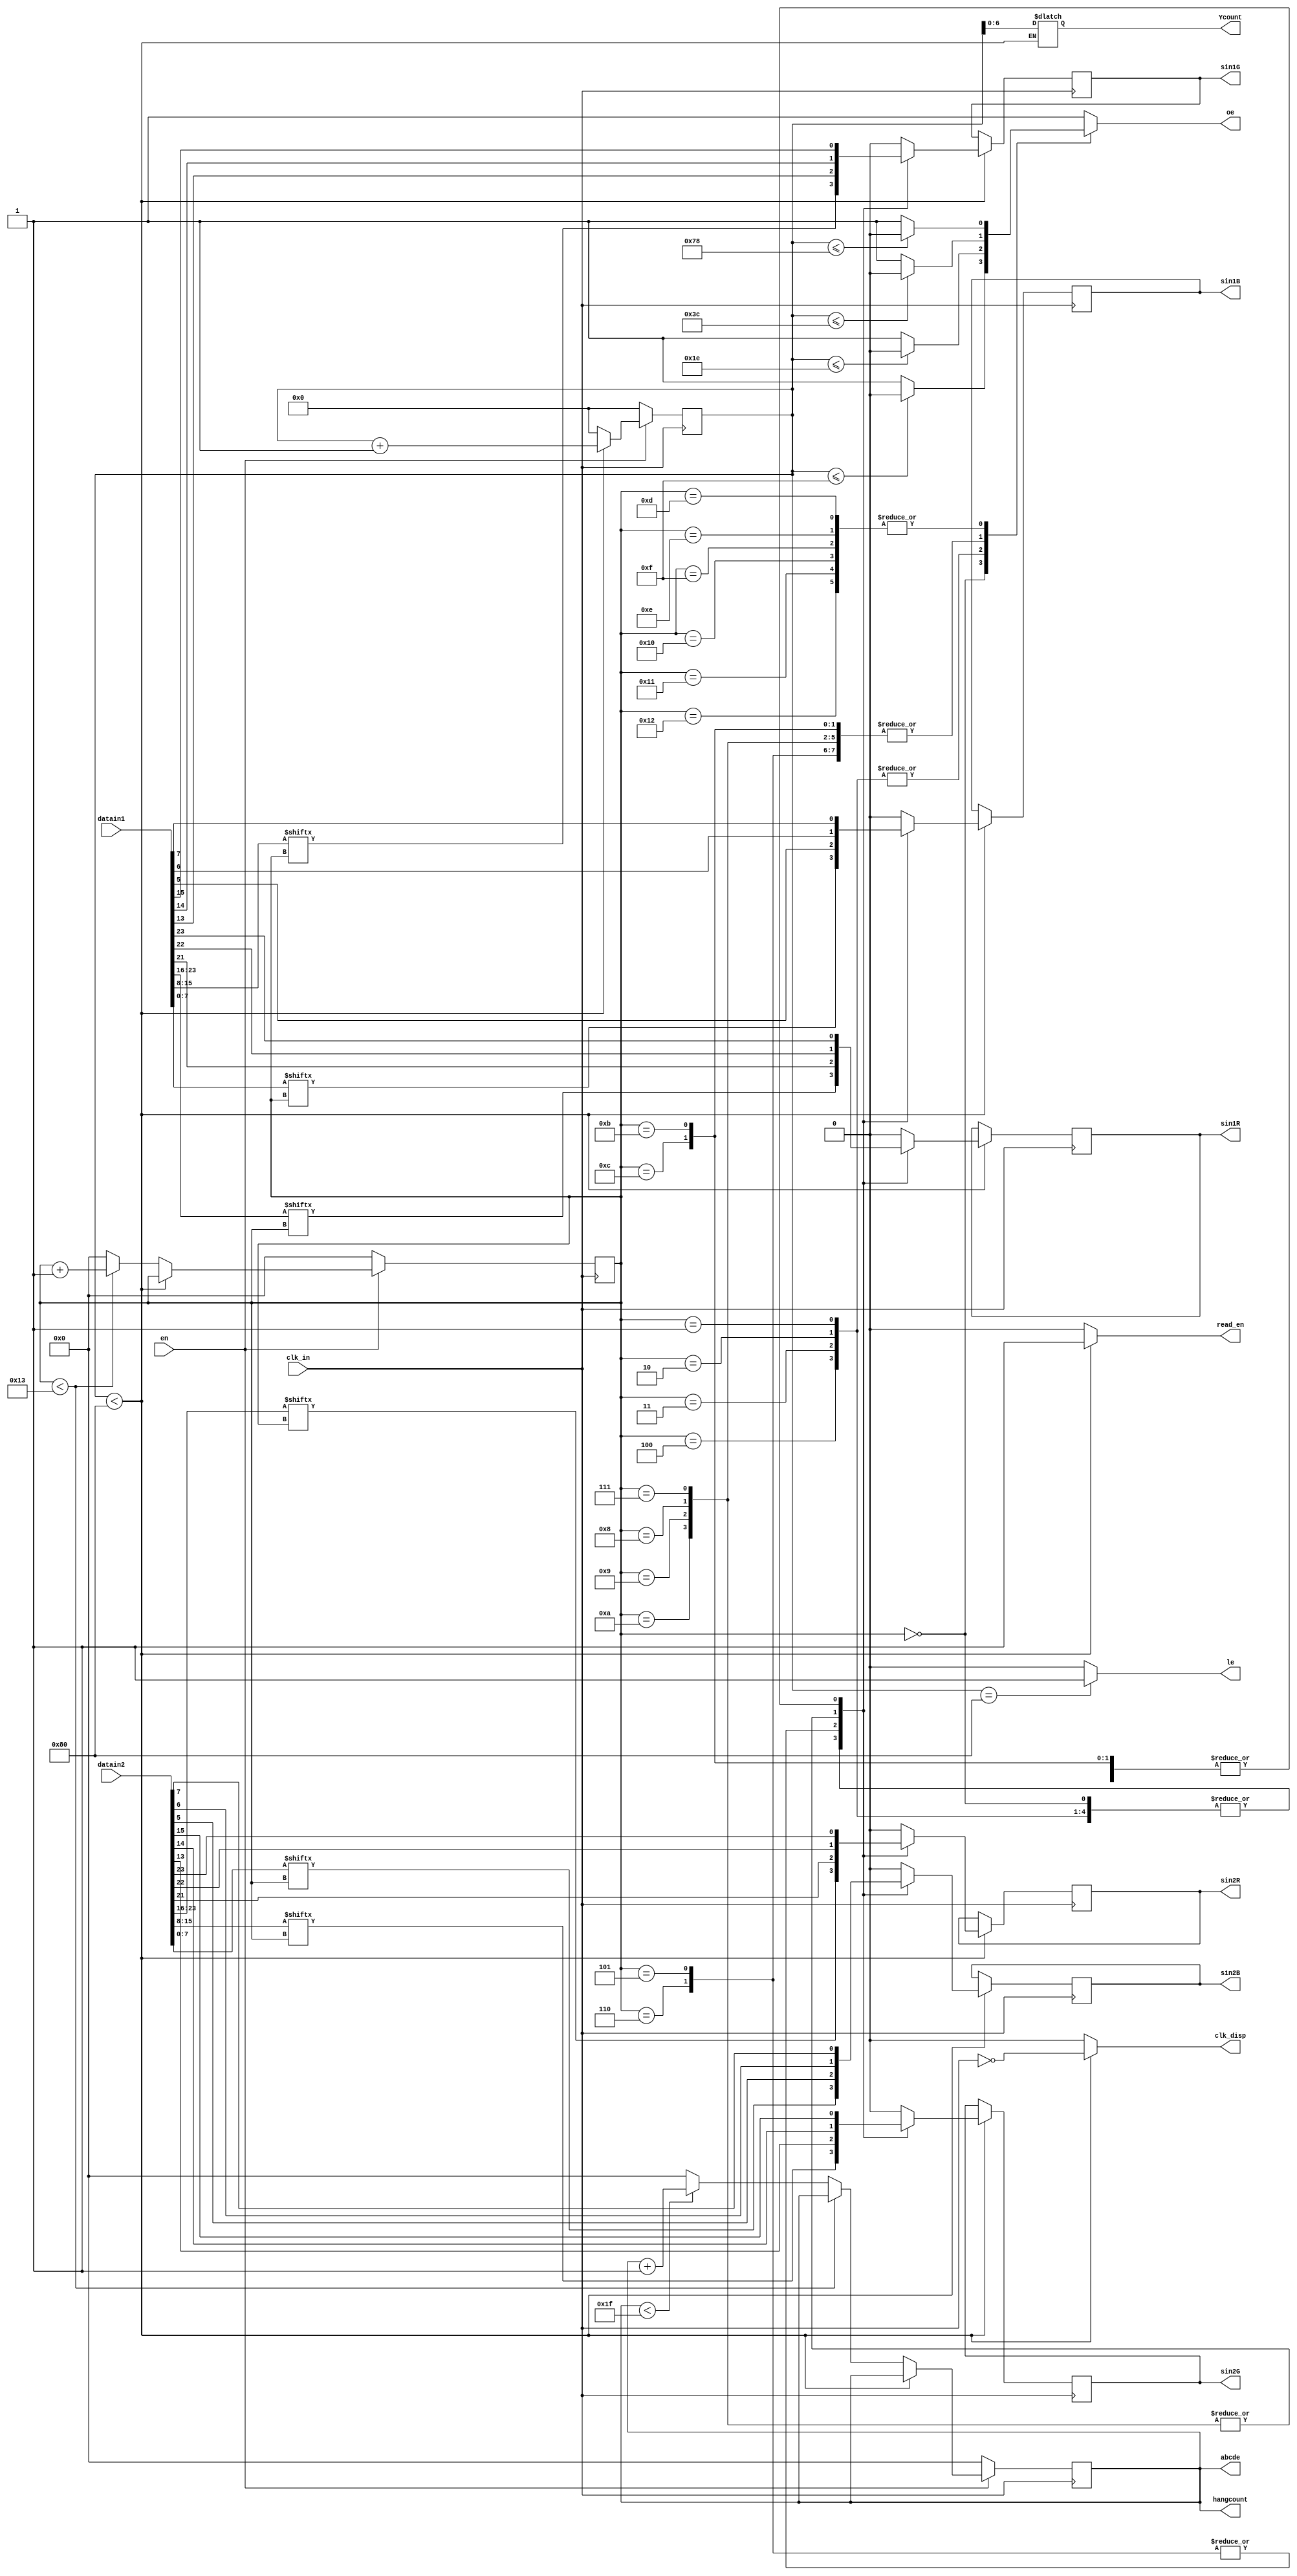
module led_display_driver
	#(
		parameter DSIZE = 24,
		parameter ColPoint = 128,
		parameter RowPoint = 64,
		parameter Vcount = 19,
		parameter Hcount = 32,
		parameter light = 0,
		parameter CLK_RATE = 10000000,
		parameter CLK_OUT = 5000000
	)
	(
		input clk_in, en,
		input [DSIZE-1:0]datain1,
		input [DSIZE-1:0]datain2,
		
		output reg read_en,
		output reg clk_disp,
		output reg oe, le,
		output reg sin1R, sin1G, sin1B,
		output reg sin2R, sin2G, sin2B,
		output reg [6:0]Ycount,
		output reg [4:0]hangcount,
		output wire [4:0]abcde
	);

	wire [7:0]disbuff1R;
	wire [7:0]disbuff1G;
	wire [7:0]disbuff1B;
	
	wire [7:0]disbuff2R;
	wire [7:0]disbuff2G;
	wire [7:0]disbuff2B;
	
	reg [4:0]changcount;
	reg [7:0]count;

	assign abcde = hangcount;
	
	
	always @( count, clk_in ) begin
		if ( count < ColPoint ) begin
			clk_disp <= ~clk_in;
		end else begin
			clk_disp <= 0;
		end
	end
	
	
	always @( posedge clk_in ) begin
		
		if ( ~en ) begin
			
			count=0;
			changcount=0;
			hangcount=0;
			
		end else begin
			
			if ( count < ColPoint + light ) begin
				count = count + 1;
			end else begin
				count = 0;
				if ( changcount < Vcount ) begin
					changcount = changcount + 1;
				end else begin
					changcount = 0;
					if ( hangcount < Hcount - 1 ) begin
						hangcount=hangcount + 1;
					end else begin
						hangcount = 0;
					end
				end
			end	
				
		end
		
	end
	
	assign disbuff1R = datain1[23:16];
	assign disbuff1G = datain1[15:8];
	assign disbuff1B = datain1[7:0];
			
	assign disbuff2R = datain2[23:16];
	assign disbuff2G = datain2[15:8];
	assign disbuff2B = datain2[7:0];	
	
	
	always @( negedge clk_in ) begin
		
		if ( count < ColPoint ) begin	
			
			case ( changcount )
				0,1,2,3,4: sin1R=disbuff1R[changcount];
				5,6: sin1R=disbuff1R[5];
				7,8,9,10: sin1R=disbuff1R[6];				
				11,12,13,14,15,16,17,18: sin1R=disbuff1R[7];
				default: sin1R=0;
			endcase
				
			case ( changcount )
				0,1,2,3,4: sin1G=disbuff1G[changcount];
				5,6: sin1G=disbuff1G[5];
				7,8,9,10: sin1G=disbuff1G[6];
				11,12,13,14,15,16,17,18: sin1G=disbuff1G[7];
				default: sin1G=0;
			endcase
			
			case ( changcount )
				0,1,2,3,4: sin1B=disbuff1B[changcount];
				5,6: sin1B=disbuff1B[5];
				7,8,9,10: sin1B=disbuff1B[6];				
				11,12,13,14,15,16,17,18: sin1B=disbuff1B[7];
				default: sin1B=0;
			endcase
			
			case ( changcount )
				0,1,2,3,4: sin2R=disbuff2R[changcount];
				5,6: sin2R=disbuff2R[5];
				7,8,9,10: sin2R=disbuff2R[6];				
				11,12,13,14,15,16,17,18: sin2R=disbuff2R[7];
				default: sin2R=0;
			endcase
				
			case ( changcount )
				0,1,2,3,4: sin2G=disbuff2G[changcount];
				5,6: sin2G=disbuff2G[5];
				7,8,9,10: sin2G=disbuff2G[6];
				11,12,13,14,15,16,17,18: sin2G=disbuff2G[7];
				default: sin2G=0;
			endcase
			
			case ( changcount )
				0,1,2,3,4: sin2B=disbuff2B[changcount];
				5,6: sin2B=disbuff2B[5];
				7,8,9,10: sin2B=disbuff2B[6];				
				11,12,13,14,15,16,17,18: sin2B=disbuff2B[7];
				default: sin2B=0;
			endcase
			
		end
		
	end


	always @( count, changcount, clk_in ) begin
		
		if ( count < ColPoint ) begin
			read_en = 1;
			Ycount = count;
		end else begin
			read_en = 0;
		end
		
		if ( count == ColPoint ) begin
			le = 1;
			//rden = 0;
		end else begin
			le = 0;
			//rden = 1;
		end

		case ( changcount )
			0: if(count<=15) oe=0; else oe=1;
			1,2,3,4: if(count<=30) oe=0; else oe=1;
			5,6,7,8,9,10,11,12: if(count<=60) oe=0; else oe=1;
			13,14,15,16,17,18: if(count<=120) oe=0; else oe=1;
			default: oe=1;
		endcase
		
	end
	

endmodule